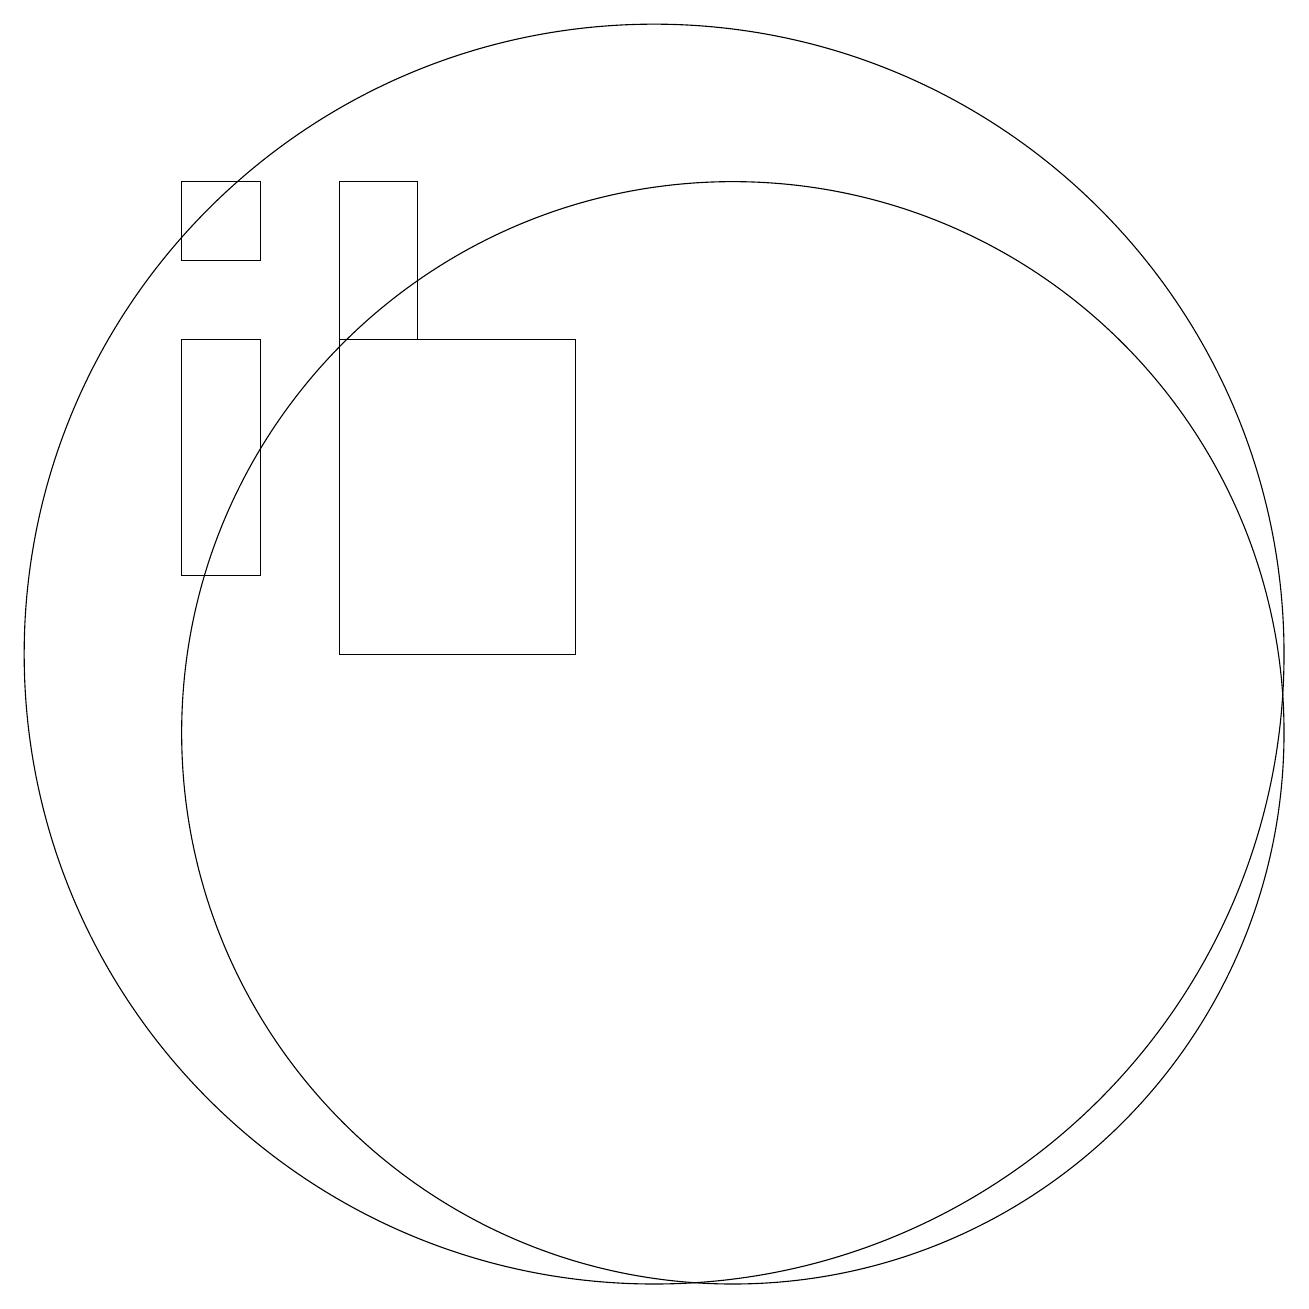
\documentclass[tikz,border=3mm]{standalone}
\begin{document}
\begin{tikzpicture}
\draw (5,16) rectangle (4,13);
\draw (10,12) circle (8);
\draw (4,17) rectangle (5,18);
\draw (9,16) rectangle (6,12);
\draw (7,18) rectangle (6,16);
\draw (11,11) circle (7);
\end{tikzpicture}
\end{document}